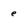
Character: e